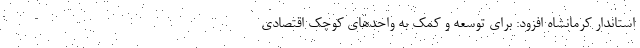
استاندار کرمانشاه افزود: برای توسعه و کمک به واحدهای کوچک اقتصادی